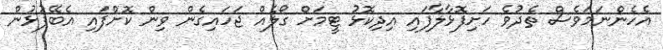
އެހެންނަމަވެސް ތެދުވެ ހަށިފޮޅާލާފައި އިދިކޮޅު ޓީމަށް ގޯލެއް ޖަހައިގެން ވިން ކޮށްފައި އެބޭފުޅުން